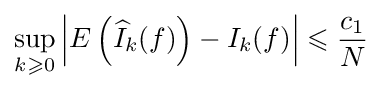
\sup _{k\geqslant 0}\left\vert E\left({\widehat {I}}_{k}(f)\right)-I_{k}(f)\right\vert \leqslant {\frac {c_{1}}{N}}